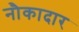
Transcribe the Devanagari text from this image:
नौकादार